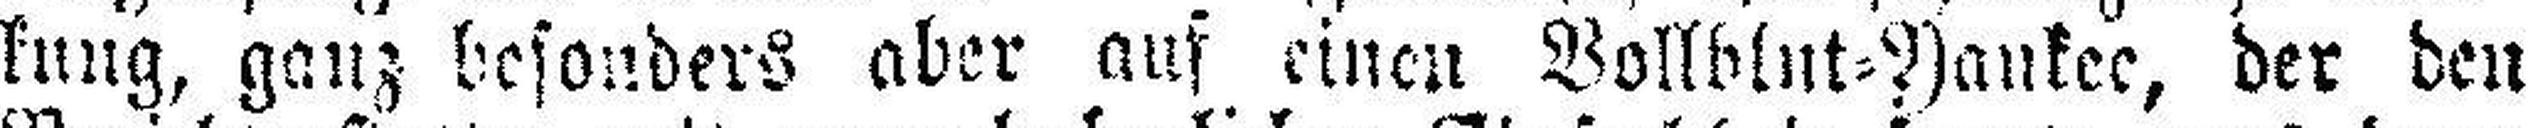
kung, ganz besonders aber auf einen Vollblut=Yankee, der den